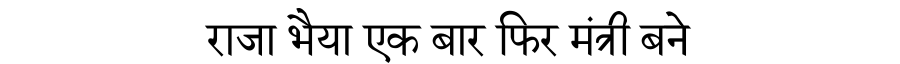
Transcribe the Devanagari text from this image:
राजा भैया एक बार फिर मंत्री बने